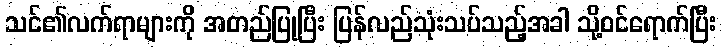
သင်၏လက်ရာများကို အတည်ပြုပြီး ပြန်လည်သုံးသပ်သည့်အခါ သို့ဝင်ရောက်ပြီး